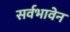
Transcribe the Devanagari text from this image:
सर्वभावेन